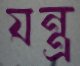
যন্ত্র